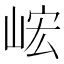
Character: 峵